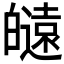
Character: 𤾮